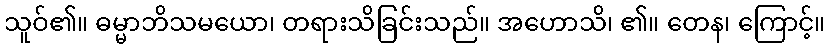
သူဝ်၏။ ဓမ္မာဘိသမယော၊ တရားသိခြင်းသည်။ အဟောသိ၊ ၏။ တေန၊ ကြောင့်။